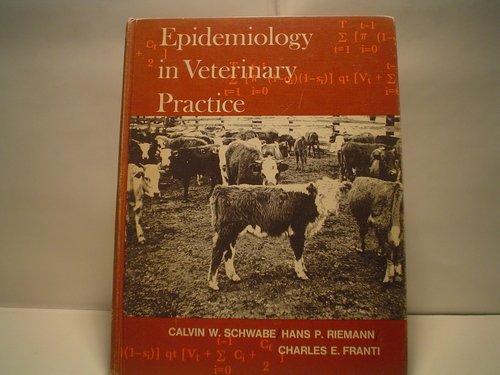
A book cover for Epidemiology in veterinary practice; Calvin W Schwabe; Medical Books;